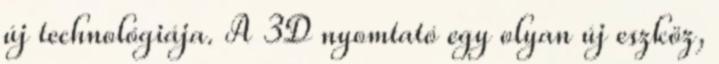
új technológiája. A 3D nyomtató egy olyan új eszköz,